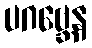
ပဂဗ္ဘေန